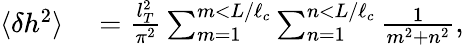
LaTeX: \begin{array}{rl}{\langle\delta h^{2}\rangle}&{{}=\frac{l_{T}^{2}}{\pi^{2}}\sum_{m=1}^{m<L/\ell_{c}}\sum_{n=1}^{n<L/\ell_{c}}\frac{1}{m^{2}+n^{2}},}\end{array}